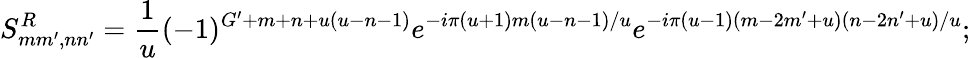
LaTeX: S_{mm^{\prime},nn^{\prime}}^{R}=\frac{1}{u}(-1)^{G^{\prime}+m+n+u(u-n-1)}e^{-i\pi(u+1)m(u-n-1)/u}e^{-i\pi(u-1)(m-2m^{\prime}+u)(n-2n^{\prime}+u)/u};